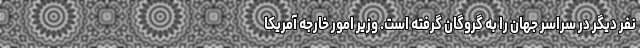
نفر دیگر در سراسر جهان را به گروگان گرفته است. وزیر امور خارجه آمریکا